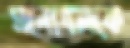
মনোবলকে